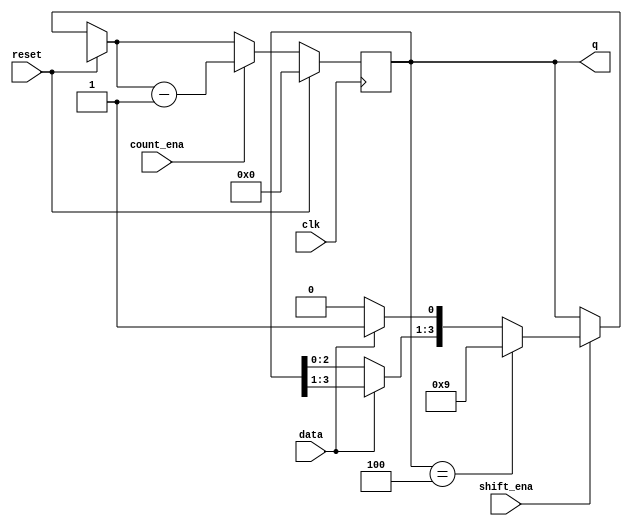
module top_module (
    input clk,
    input reset,
    input shift_ena,
    input count_ena,
    input data,
    output reg [3:0] q);
    initial begin
        q=0;
    end
    always @(posedge clk) begin
        if(reset)begin
            q=0;
        end
        else begin
            if(shift_ena)begin
                if(q==4)
                    q=9;
                else    begin  
                if(data)
                    q[0]=data;
                else
                    q=q<<1;
                end
            end

            if(count_ena)begin
                q=q-1;
            end
        end
    end
endmodule